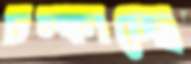
চম্‌কাচ্ছে